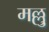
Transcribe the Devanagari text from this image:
मल्लु